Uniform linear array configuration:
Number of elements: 48
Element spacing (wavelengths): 1
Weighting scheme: binomial
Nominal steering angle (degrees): -60
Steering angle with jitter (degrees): -60.733
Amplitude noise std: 0.05
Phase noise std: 0.05

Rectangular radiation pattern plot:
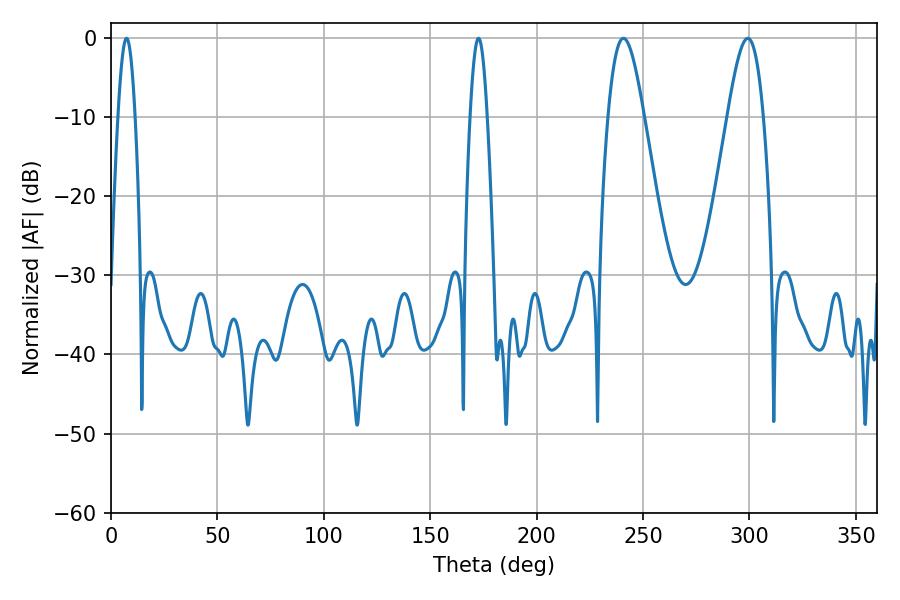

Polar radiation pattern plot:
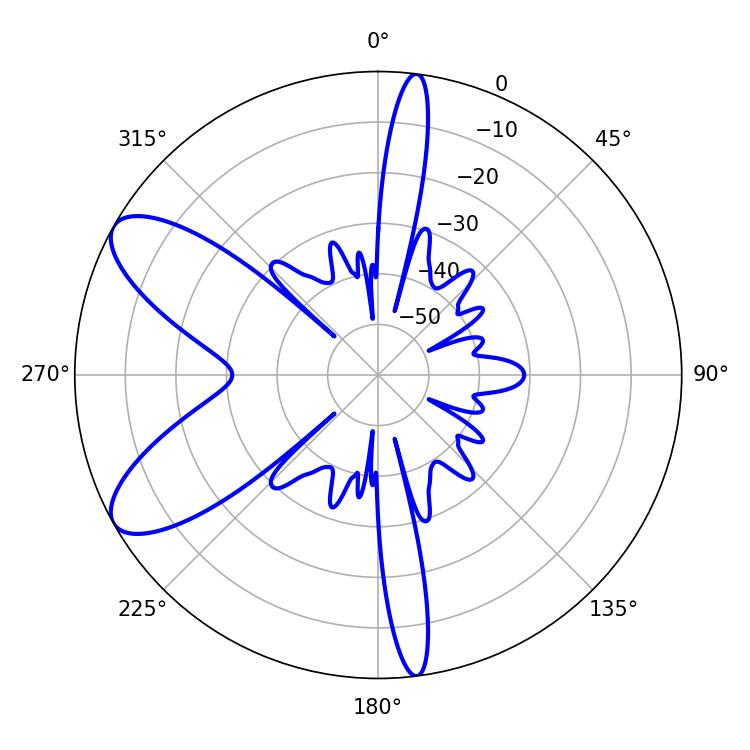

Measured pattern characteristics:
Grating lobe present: TRUE
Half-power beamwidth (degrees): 9
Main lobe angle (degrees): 240.84